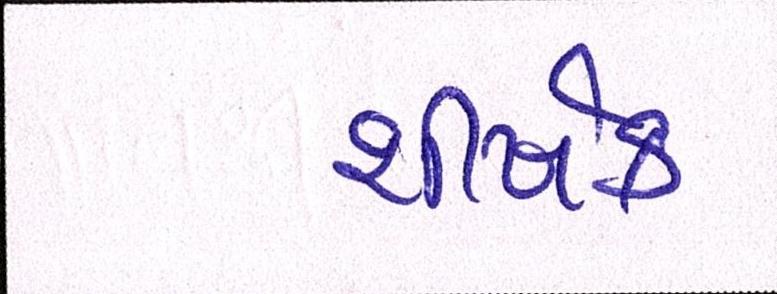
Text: શીર્ષક